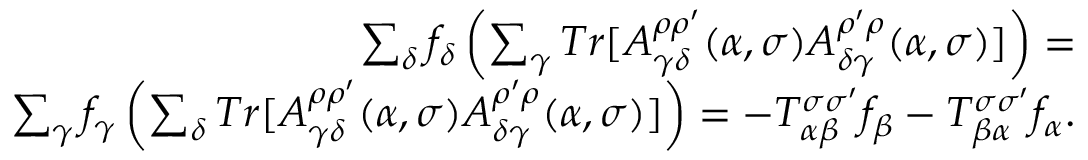
\begin{array} { r } { \sum _ { \delta } f _ { \delta } \left( \sum _ { \gamma } T r [ A _ { \gamma \delta } ^ { \rho \rho ^ { \prime } } ( \alpha , \sigma ) A _ { \delta \gamma } ^ { \rho ^ { \prime } \rho } ( \alpha , \sigma ) ] \right) = } \\ { \sum _ { \gamma } f _ { \gamma } \left( \sum _ { \delta } T r [ A _ { \gamma \delta } ^ { \rho \rho ^ { \prime } } ( \alpha , \sigma ) A _ { \delta \gamma } ^ { \rho ^ { \prime } \rho } ( \alpha , \sigma ) ] \right) = - T _ { \alpha \beta } ^ { \sigma \sigma ^ { \prime } } f _ { \beta } - T _ { \beta \alpha } ^ { \sigma \sigma ^ { \prime } } f _ { \alpha } . } \end{array}